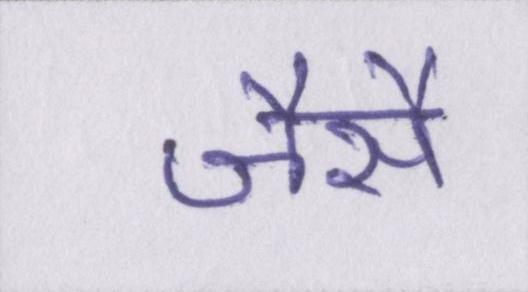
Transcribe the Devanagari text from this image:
जैसै